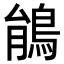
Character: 䳌